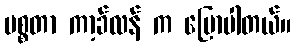
မစ္စတာ ကာ့ခ်လန် က ပြောပါတယ်။